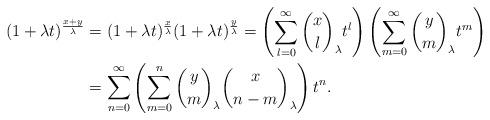
LaTeX: \begin{align*}(1+ \lambda t)^{\frac{x+y}{\lambda }}&= (1+\lambda t)^{\frac{x}{\lambda }} (1+\lambda t)^{\frac{y}{\lambda }} = \left( \sum_{l=0}^\infty {x \choose l}_\lambda t^l \right) \left( \sum_{m=0}^\infty {y \choose m}_\lambda t^m \right)\\&= \sum_{n=0}^\infty \left( \sum_{m=0}^n {y \choose m}_\lambda {x \choose n-m}_\lambda \right) t^n.\end{align*}